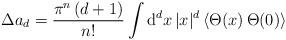
LaTeX: \begin{align*}\Delta a_{d}=\frac{\pi ^{n}\,(d+1)}{{n}!}\int {\rm d}^{d}x\,|x|^{d}\,\langle\Theta (x)\,\Theta (0)\rangle \end{align*}